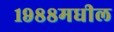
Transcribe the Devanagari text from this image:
१९८८मधील